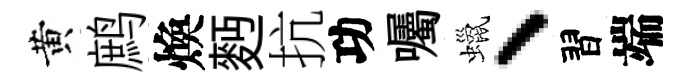
黄鹧煥麪抗功囑蠟、習端